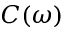
C ( \omega )